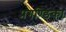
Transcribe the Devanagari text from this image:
प्रगण्डिका